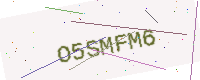
Text: O5SMFM6